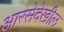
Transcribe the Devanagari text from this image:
आरसेदेखील